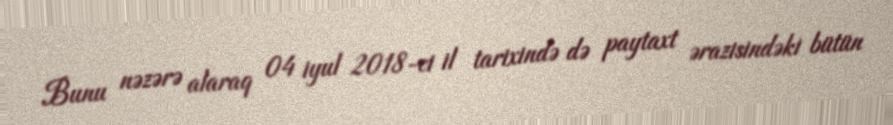
Bunu nəzərə alaraq 04 iyul 2018-ci il tarixində də paytaxt ərazisindəki bütün